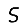
Digit: 5